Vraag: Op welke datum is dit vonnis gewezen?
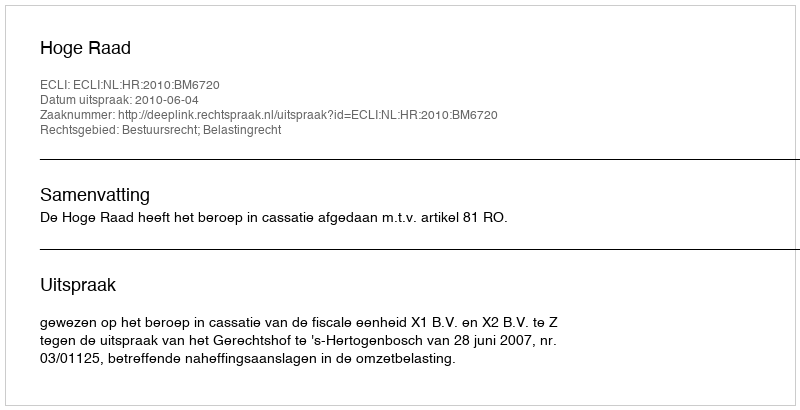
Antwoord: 2010-06-04